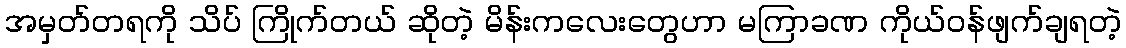
အမှတ်တရကို သိပ် ကြိုက်တယ် ဆိုတဲ့ မိန်းကလေးတွေဟာ မကြာခဏ ကိုယ်ဝန်ဖျက်ချရတဲ့